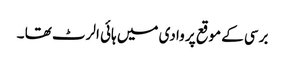
برسی کے موقع پر وادی میں ہائی الرٹ تھا ۔